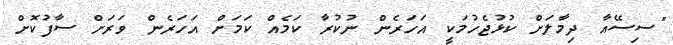
"ސިސޭއާ ދިމާލަށް ކުޅުޖެހުމަކީ އަހަރެން ނުކުރާ ކަމެއް ކަމަށް އަހަރެން ވަރަށް ސާފުކޮށް